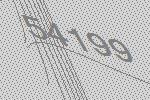
54199